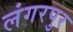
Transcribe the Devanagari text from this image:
लंगरपुर